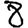
Digit: 8